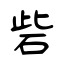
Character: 砦